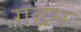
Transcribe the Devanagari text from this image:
गद्दम